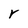
Character: r